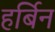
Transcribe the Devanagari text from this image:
हर्बिन